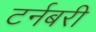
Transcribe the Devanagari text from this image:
टर्नबरी